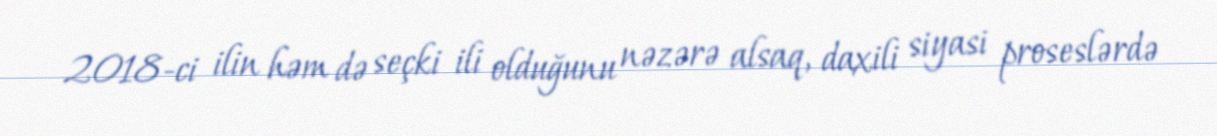
2018-ci ilin həm də seçki ili olduğunu nəzərə alsaq, daxili siyasi proseslərdə